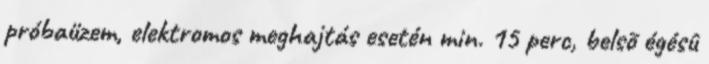
próbaüzem, elektromos meghajtás esetén min. 15 perc, belsõ égésû